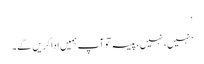
‘
’نہیں، نہیں، پیسہ تو آپ ہمیں ادا کریں گے۔